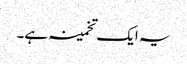
یہ ایک تخمینہ ہے۔